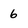
Character: 6